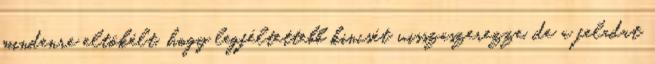
mindenre eltökélt, hogy legféltettebb kincsét visszaszerezze, de a feladat